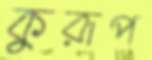
কুরূপ